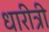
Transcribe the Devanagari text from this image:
धारीत्री